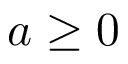
a \geq 0